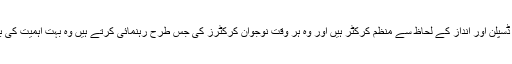
وہ اپنے ڈسپلن اور انداز کے لحاظ سے منظم کرکٹر ہیں اور وہ ہر وقت نوجوان کرکٹرز کی جس طرح رہنمائی کرتے ہیں وہ بہت اہمیت کی بات ہے۔